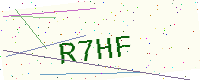
Text: R7HF